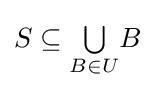
S\subseteq {\textstyle \bigcup \limits _{B\in U}}B